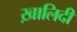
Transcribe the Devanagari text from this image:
ख़ालिदी